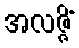
အလဇ္ဇိံ